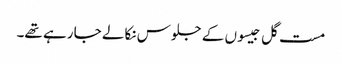
مست گل جیسوں کے جلوس نکالے جا رہے تھے۔